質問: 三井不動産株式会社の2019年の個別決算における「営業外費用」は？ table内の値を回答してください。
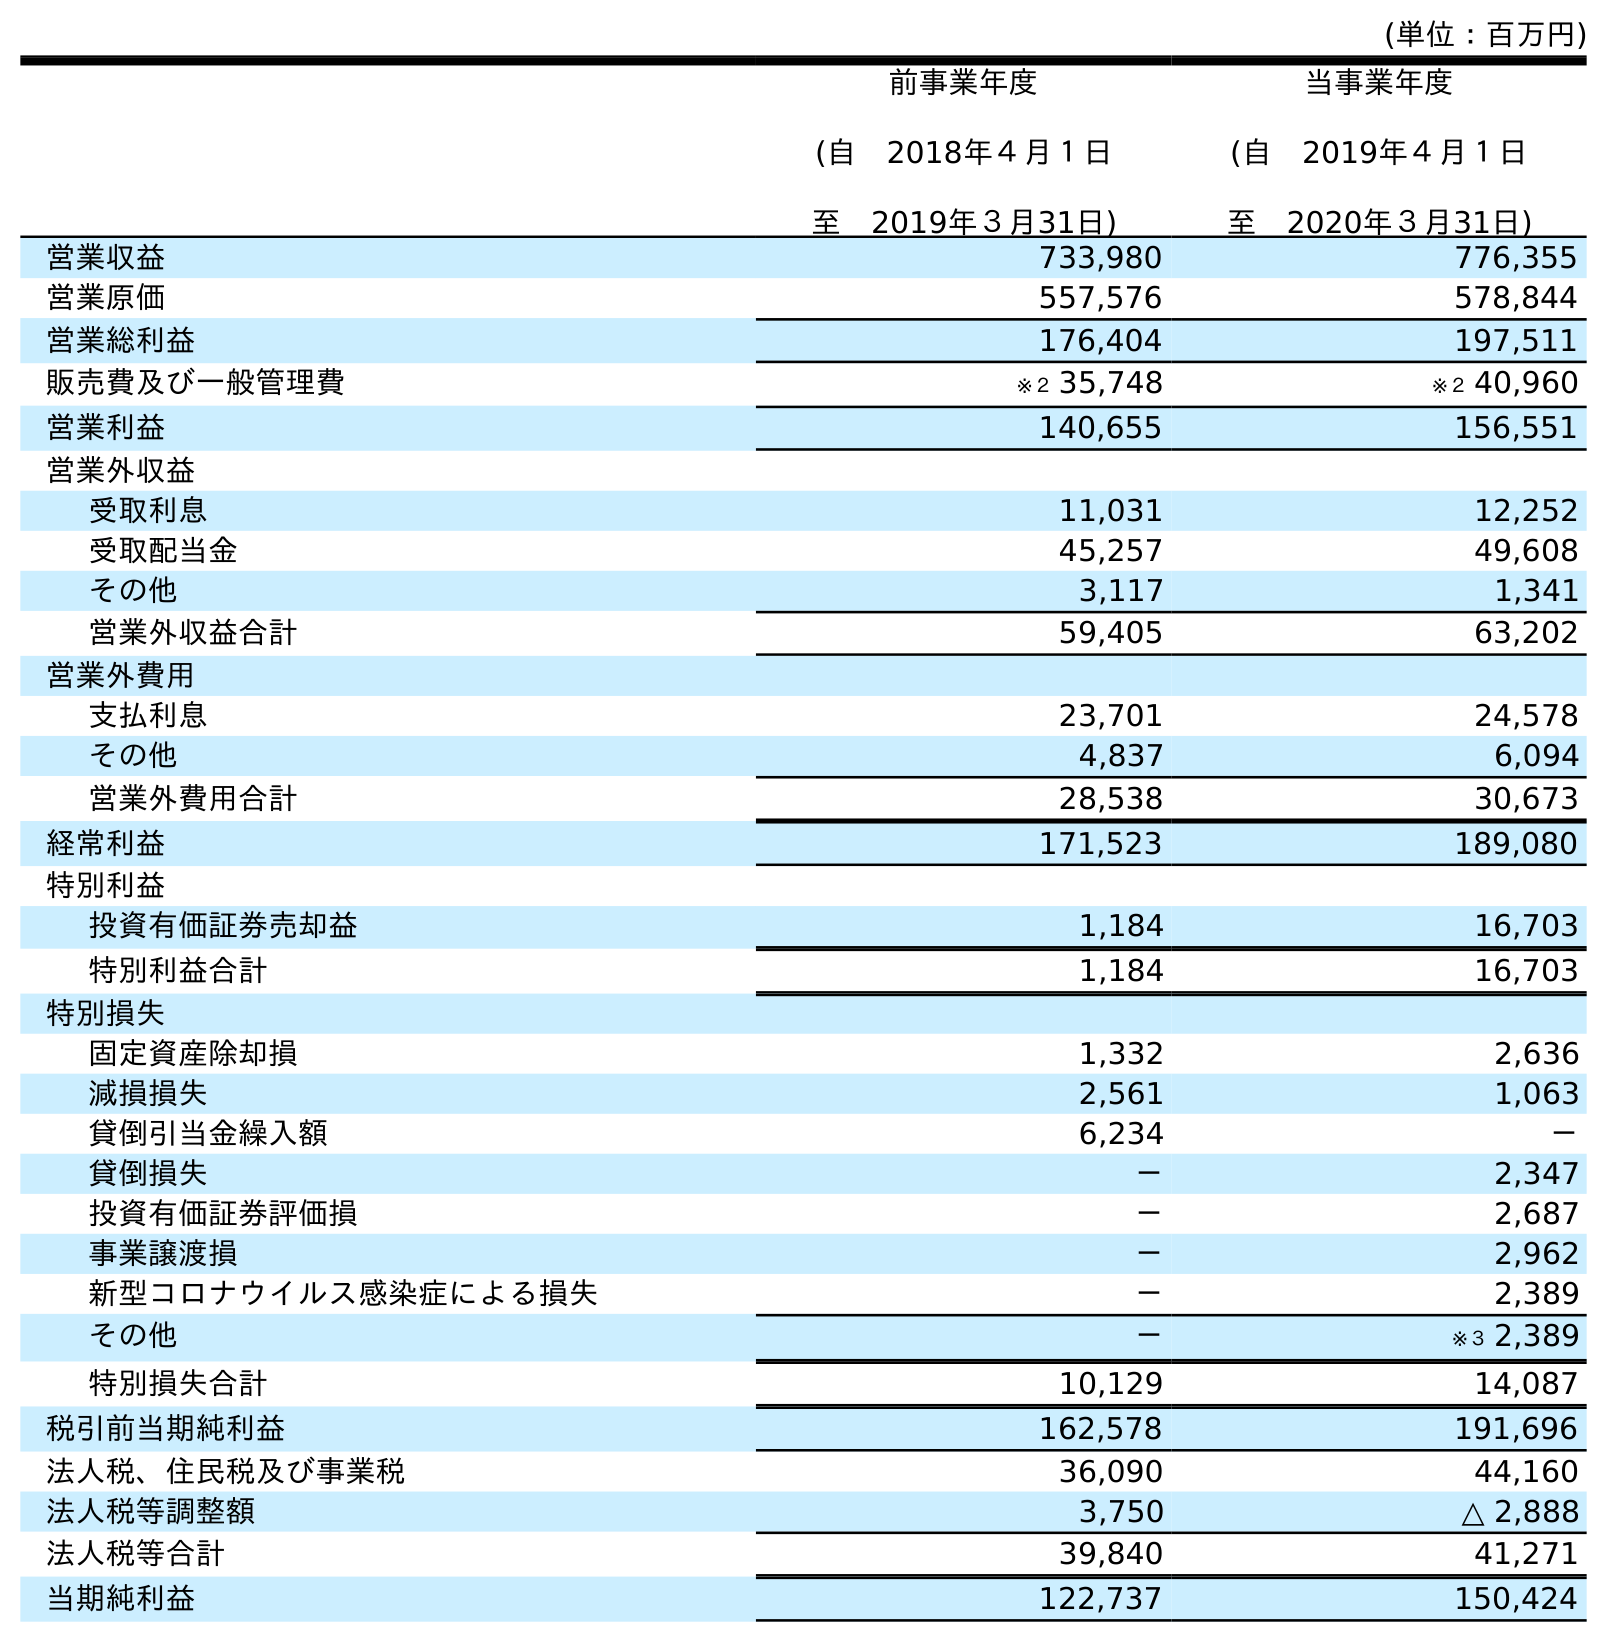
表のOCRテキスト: (単位：百万円) 前事業年度 (自 2018年４月１日 至 2019年３月31日) 当事業年度 (自 2019年４月１日 至 2020年３月31日) 営業収益 733,980 776,355 営業原価 557,576 578,844 営業総利益 176,404 197,511 販売費及び一般管理費 ※２ 35,748 ※２ 40,960 営業利益 140,655 156,551 営業外収益 受取利息 11,031 12,252 受取配当金 45,257 49,608 その他 3,117 1,341 営業外収益合計 59,405 63,202 営業外費用 支払利息 23,701 24,578 その他 4,837 6,094 営業外費用合計 28,538 30,673 経常利益 171,523 189,080 特別利益 投資有価証券売却益 1,184 16,703 特別利益合計 1,184 16,703 特別損失 固定資産除却損 1,332 2,636 減損損失 2,561 1,063 貸倒引当金繰入額 6,234 － 貸倒損失 － 2,347 投資有価証券評価損 － 2,687 事業譲渡損 － 2,962 新型コロナウイルス感染症による損失 － 2,389 その他 － ※３ 2,389 特別損失合計 10,129 14,087 税引前当期純利益 162,578 191,696 法人税、住民税及び事業税 36,090 44,160 法人税等調整額 3,750 △ 2,888 法人税等合計 39,840 41,271 当期純利益 122,737 150,424
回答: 28,538